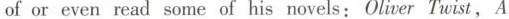
of or even read some of his novels: Oliver Twist,A